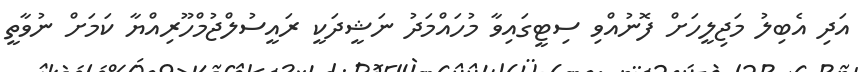
އަދި އެބިލު މަޖިލީހަށް ފޮނުއްވި ސިޓީގައިވާ މުހައްމަދު ނަޝީދަކީ ރައީސުލްޖުމްހޫރިއްޔާ ކަމަށް ނުވާތީ